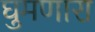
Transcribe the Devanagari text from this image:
घुमणारा